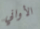
الأواني